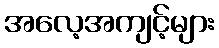
အလေ့အကျင့်များ